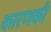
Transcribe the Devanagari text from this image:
कारणकी